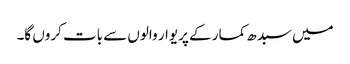
میں سبدھ کمار کے پریوار والوں سے بات کروں گا۔